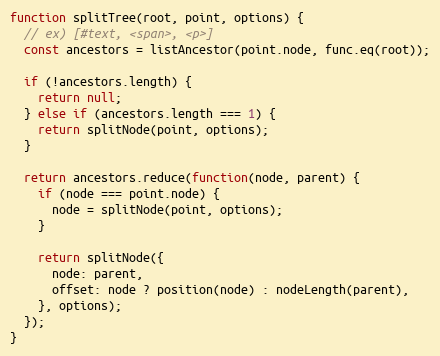
Language: JavaScript
function splitTree(root, point, options) {
  // ex) [#text, <span>, <p>]
  const ancestors = listAncestor(point.node, func.eq(root));

  if (!ancestors.length) {
    return null;
  } else if (ancestors.length === 1) {
    return splitNode(point, options);
  }

  return ancestors.reduce(function(node, parent) {
    if (node === point.node) {
      node = splitNode(point, options);
    }

    return splitNode({
      node: parent,
      offset: node ? position(node) : nodeLength(parent),
    }, options);
  });
}